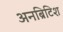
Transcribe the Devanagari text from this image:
अनब्रिटिश